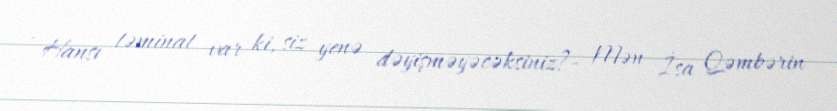
- Hansı təminat var ki, siz yenə dəyişməyəcəksiniz?- Mən İsa Qəmbərin